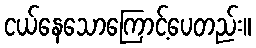
ငယ်နေသောကြောင့်ပေတည်း။